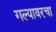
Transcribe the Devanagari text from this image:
गल्यावरचा